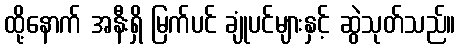
ထို့နောက် အနီးရှိ မြက်ပင် ချုံပင်များနှင့် ဆွဲသုတ်သည်။